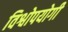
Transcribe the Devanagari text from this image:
विश्वोपयोगी